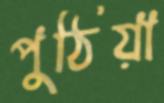
পুঠিয়া